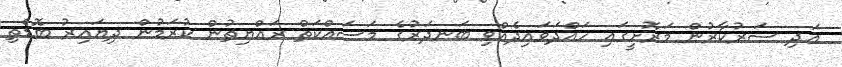
އަދި ސަރުކާރުން މަރޮށީގައި ހައްދަވައިދެއްވި ބަނދަރުގެ މަސައްކަތް ރައްޔިތުން ކުރަމުން ދިޔައިރު ބޮޑެތި